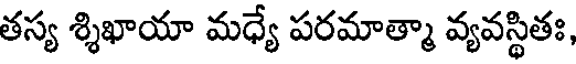
తస్య శ్శిఖాయా మధ్యే పరమాత్మా వ్యవస్థితః,